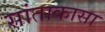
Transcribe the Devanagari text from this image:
सांताकासा